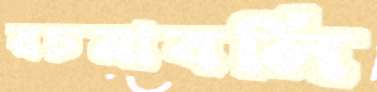
রচনাবলি